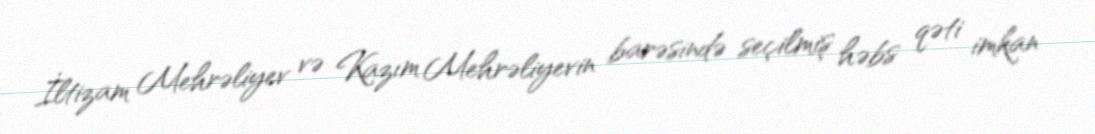
İltizam Mehrəliyev və Kazım Mehrəliyevin barəsində seçilmiş həbs qəti imkan